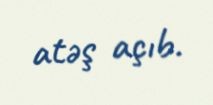
atəş açıb.